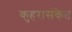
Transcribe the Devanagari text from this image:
कुहरासंकेत